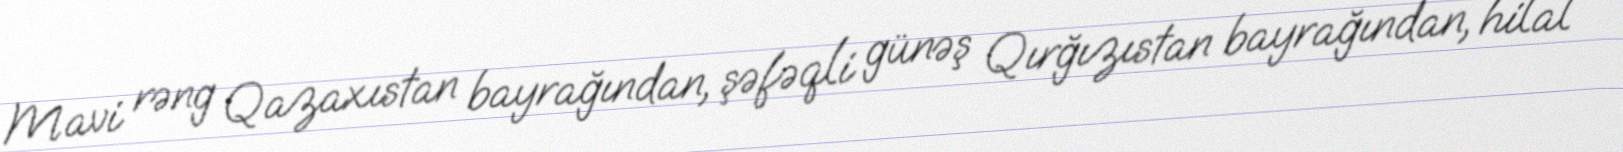
Mavi rəng Qazaxıstan bayrağından, şəfəqli günəş Qırğızıstan bayrağından, hilal